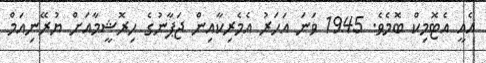
އެއީ އެޓޮމިކް ބޮމެވެ. 1945 ވަނަ އަހަރު އެމެރިކާއިން ޖަޕާނުގެ ހިރޮޝީމާއަށް ޔުރޭނިއަމް